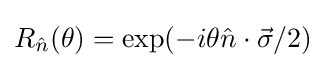
R_{\hat {n}}(\theta )=\exp(-i\theta {\hat {n}}\cdot {\vec {\sigma }}/2)